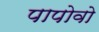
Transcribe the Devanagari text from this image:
पापोवो